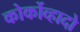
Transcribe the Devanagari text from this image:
कोर्कोव्हादो